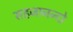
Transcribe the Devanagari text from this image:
सहजानन्दो